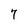
Character: 7